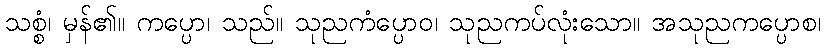
သစ္စံ၊ မှန်၏။ ကပ္ပော၊ သည်။ သုညကံပ္ပောဝ၊ သုညကပ်လုံးသော။ အသုညကပ္ပောစ၊